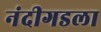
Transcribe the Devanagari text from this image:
नंदीगडला